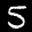
Label: 5